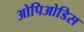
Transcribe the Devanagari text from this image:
ओपिओडिस